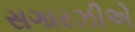
સગારઝીએ